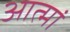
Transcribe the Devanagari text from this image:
आत्मां